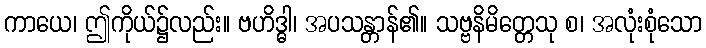
ကာယေ၊ ဤကိုယ်၌လည်း။ ဗဟိဒ္ဓါ၊ အပသန္တာန်၏။ သဗ္ဗနိမိတ္တေသု စ၊ အလုံးစုံသော